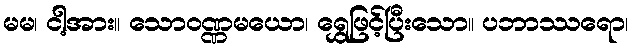
မမ၊ ငါ့အား။ သောဝဏ္ဏမယော၊ ရွှေဖြင့်ပြီးသော။ ပဘာဿရော၊